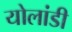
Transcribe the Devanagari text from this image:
योलांडी